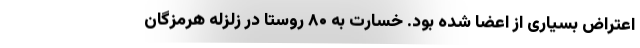
اعتراض بسیاری از اعضا شده بود. خسارت به ۸۰ روستا در زلزله هرمزگان